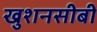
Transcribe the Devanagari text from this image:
खुशनसीबी